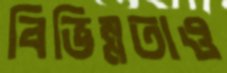
বিভিন্নতাও